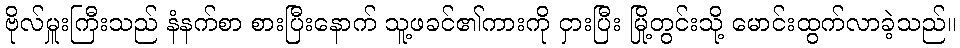
ဗိုလ်မှူးကြီးသည် နံနက်စာ စားပြီးနောက် သူ့ဖခင်၏ကားကို ငှားပြီး မြို့တွင်းသို့ မောင်းထွက်လာခဲ့သည်။